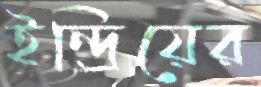
ইন্দ্রিয়ের